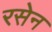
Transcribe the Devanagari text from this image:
रसेन